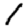
Digit: 1